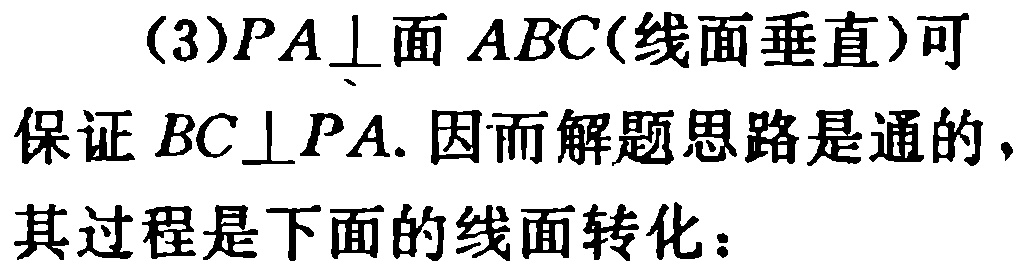
(3)$PA\perp 面\ ABC(线面垂直)可$

保证$BC\perp PA.$ 因而解题思路是通的，

其过程是下面的线面转化：